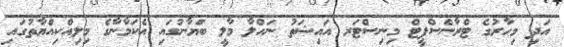
އަދި މިހާރުގެ ޓްރާންސްޕީޓް މިނިސްޓަރ އައިޝަތު ނަހްލާ މާލީ ބަޔާނުގައި އެކަމާނާގެ މިލިއްކިއްޔާތުގައި